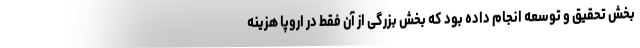
بخش تحقیق و توسعه انجام داده بود که بخش بزرگی از آن فقط در اروپا هزینه